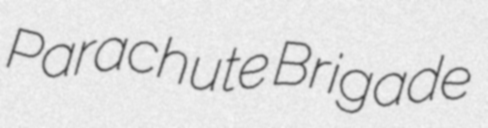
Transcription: Parachute Brigade